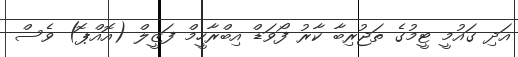
އަދި ގައުމީ ޓީމުގެ ތަޖުރިބާ ކާރު ފޯވަޑް އިބްރާހީމް ފަޒީލް (އޮއްޕޮ) ވެސް